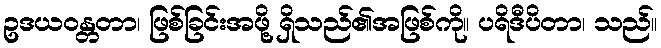
ဥဒယဝန္တတာ၊ ဖြစ်ခြင်းအဖို့ ရှိသည်၏အဖြစ်ကို။ ပရိဒီပိတာ၊ သည်။